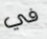
في